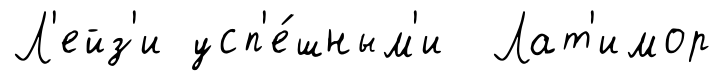
Л'ейз'и усп'е́шным'и Лат'имор